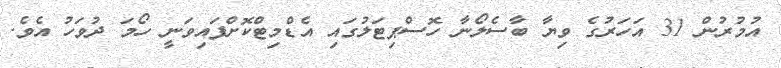
އުމުރުން 31 އަހަރުގެ ވިޔާ ބާސެލޯނާ ހޮސްޕިޓަލުގައި އެޑްމިޓްކޮށްފައިވަނީ ހޯމަ ދުވަހު އެވެ.